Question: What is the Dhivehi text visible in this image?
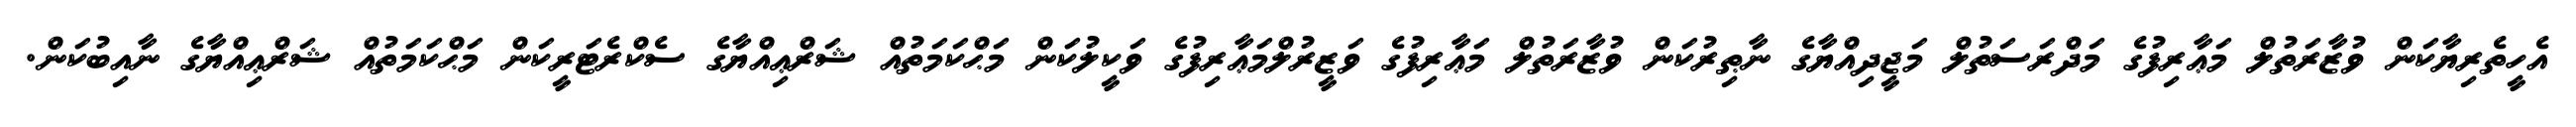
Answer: އެހީތެރިޔާކަން ވުޒާރަތުލް މަޢާރިފުގެ މަދްރަސަތުލް މަޖީދިއްޔާގެ ނާޠިރުކަން ވުޒާރަތުލް މަޢާރިފުގެ ވަޒީރުލްމަޢާރިފުގެ ވަކީލުކަން މަޙްކަމަތުއް ޝަރްޢިއްޔާގެ ސެކްރެޓަރީކަން މަޙްކަމަތުއް ޝަރްޢިއްޔާގެ ނާއިބުކަން.